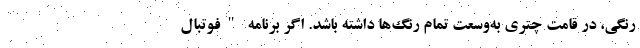
رنگی، در قامت چتری به‌وسعت تمام رنگ‌ها داشته باشد. اگر برنامه "فوتبال